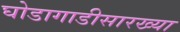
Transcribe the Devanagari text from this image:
घोडागाडीसारख्या